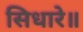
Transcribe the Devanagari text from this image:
सिधारे॥